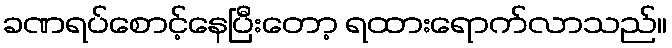
ခဏရပ်စောင့်နေပြီးတော့ ရထားရောက်လာသည်။